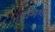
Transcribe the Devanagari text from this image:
हुमिशा